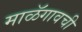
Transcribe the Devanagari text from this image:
माळॅगावची